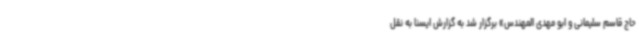
حاج قاسم سلیمانی و ابو مهدی المهندس» برگزار شد به گزارش ایسنا به نقل